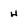
Character: h